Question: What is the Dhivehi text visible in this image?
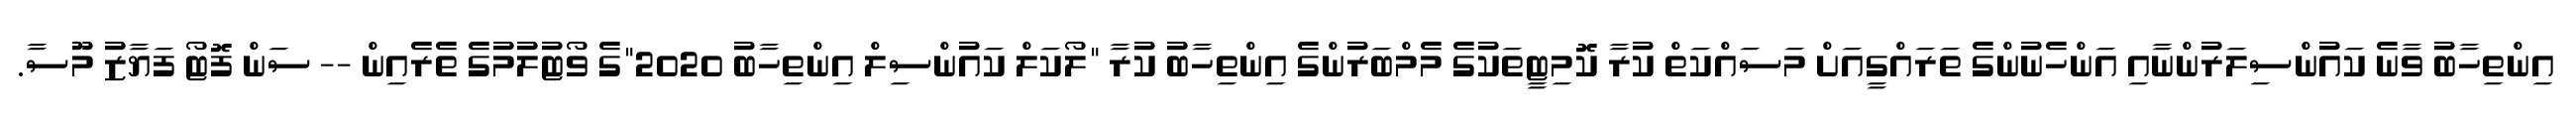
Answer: އިންތިހާބު ވާނެ ކައުންސިލަރުންނާއި އަންހެނުންގެ ތަރައްގީއަށް މަސައްކަތް ކުރާ ކޮމިޓީތަކުގެ މެމްބަރުންގެ އިންތިހާބު ކުރާ "ލޯކަލް ކައުންސިލް އިންތިހާބު 2020"ގެ ވޯޓުލުމުގެ ތެރެއިން -- ސަން ފޮޓޯ ފަޔާޒު މޫސާ.